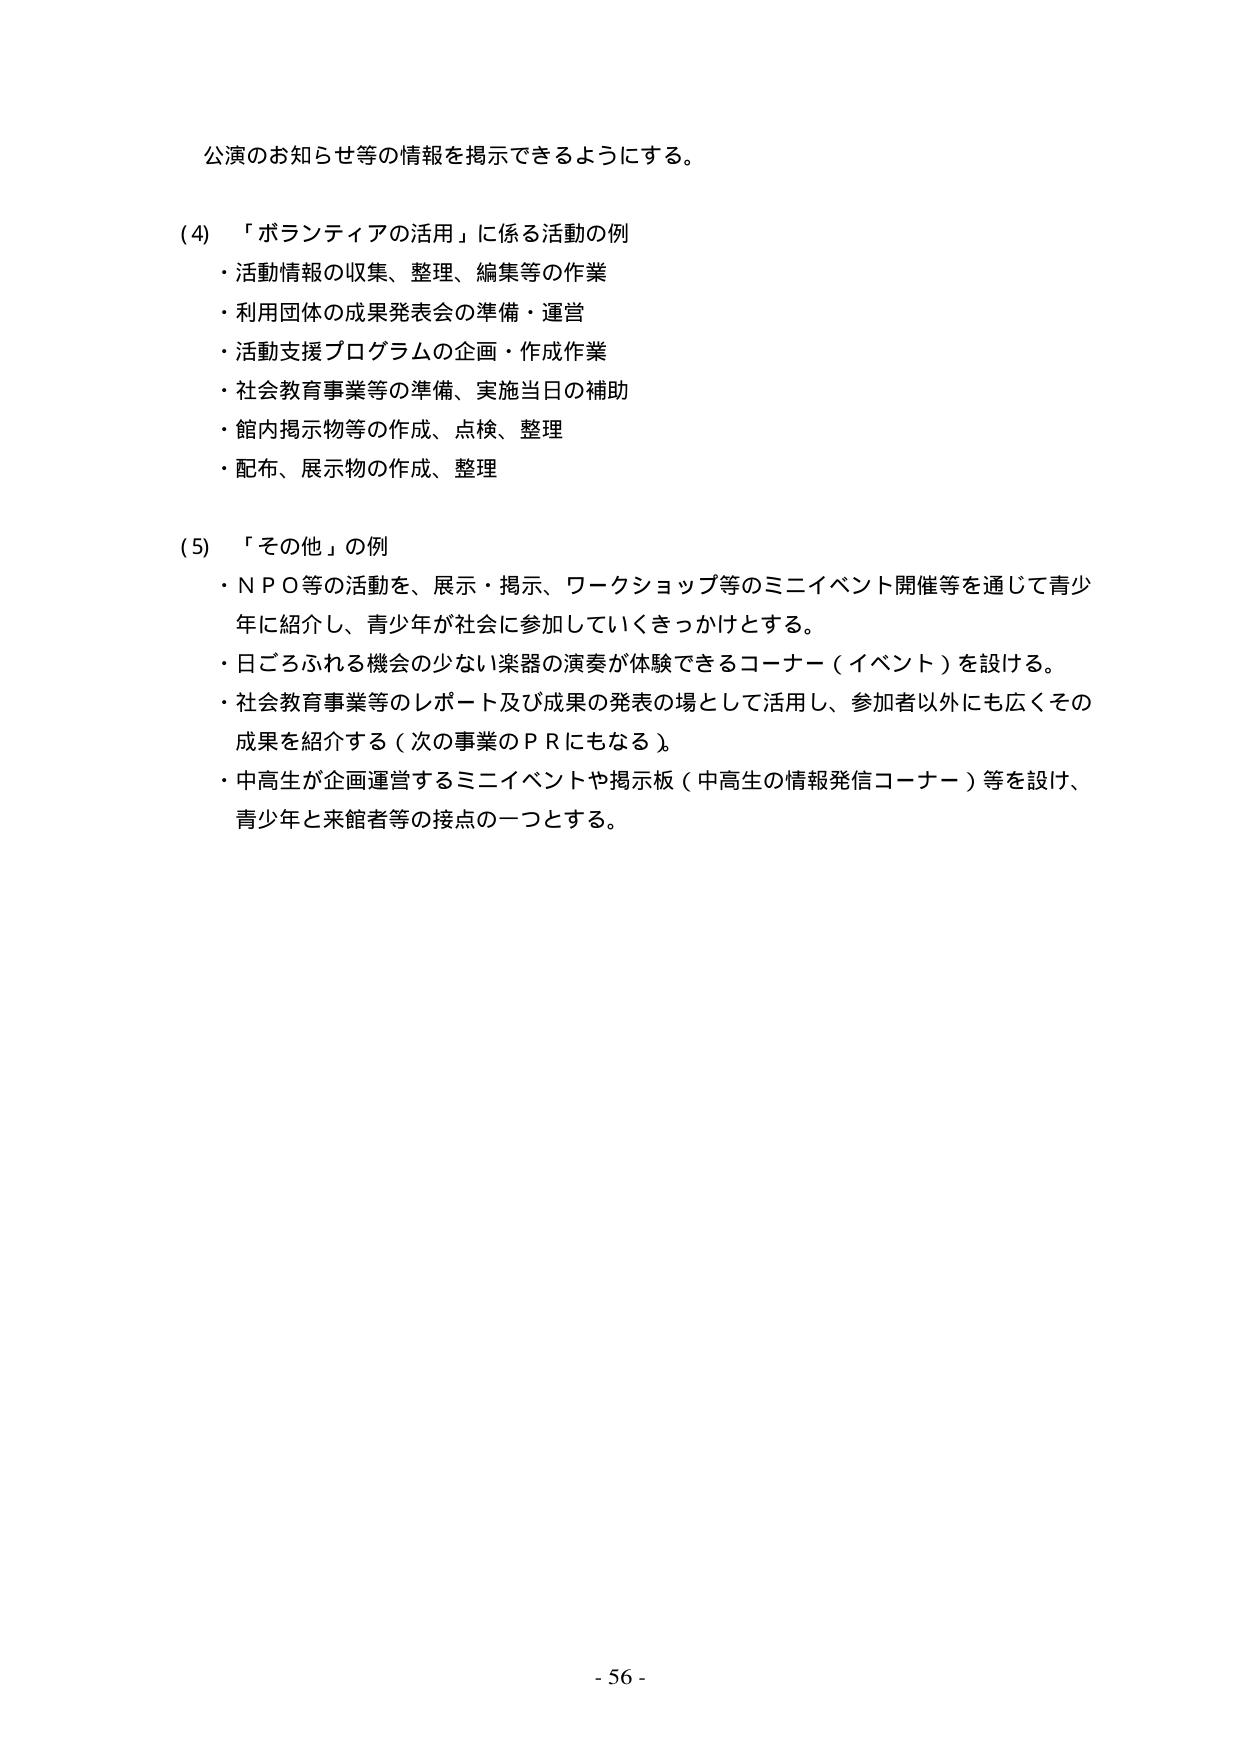
公演のお知らせ等の情報を掲示できるようにする。

(4) 「ボランティアの活用」に係る活動の例
・活動情報の収集、整理、編集等の作業
・利用団体の成果発表会の準備・運営
・活動支援プログラムの企画・作成作業
・社会教育事業等の準備、実施当日の補助
・館内掲示物等の作成、点検、整理
・配布、展示物の作成、整理

(5) 「その他」の例
・ＮＰＯ等の活動を、展示・掲示、ワークショップ等のミニイベント開催等を通じて青少年に紹介し、青少年が社会に参加していくきっかけとする。
・日ごろふれる機会の少ない楽器の演奏が体験できるコーナー（イベント）を設ける。
・社会教育事業等のレポート及び成果の発表の場として活用し、参加者以外にも広くその成果を紹介する（次の事業のＰＲにもなる）。
・中高生が企画運営するミニイベントや掲示板（中高生の情報発信コーナー）等を設け、青少年と来館者等の接点の一つとする。

- 56 -